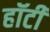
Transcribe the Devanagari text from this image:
हॉटी